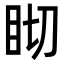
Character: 䀙